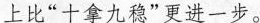
上比”十拿九稳”更进一步。